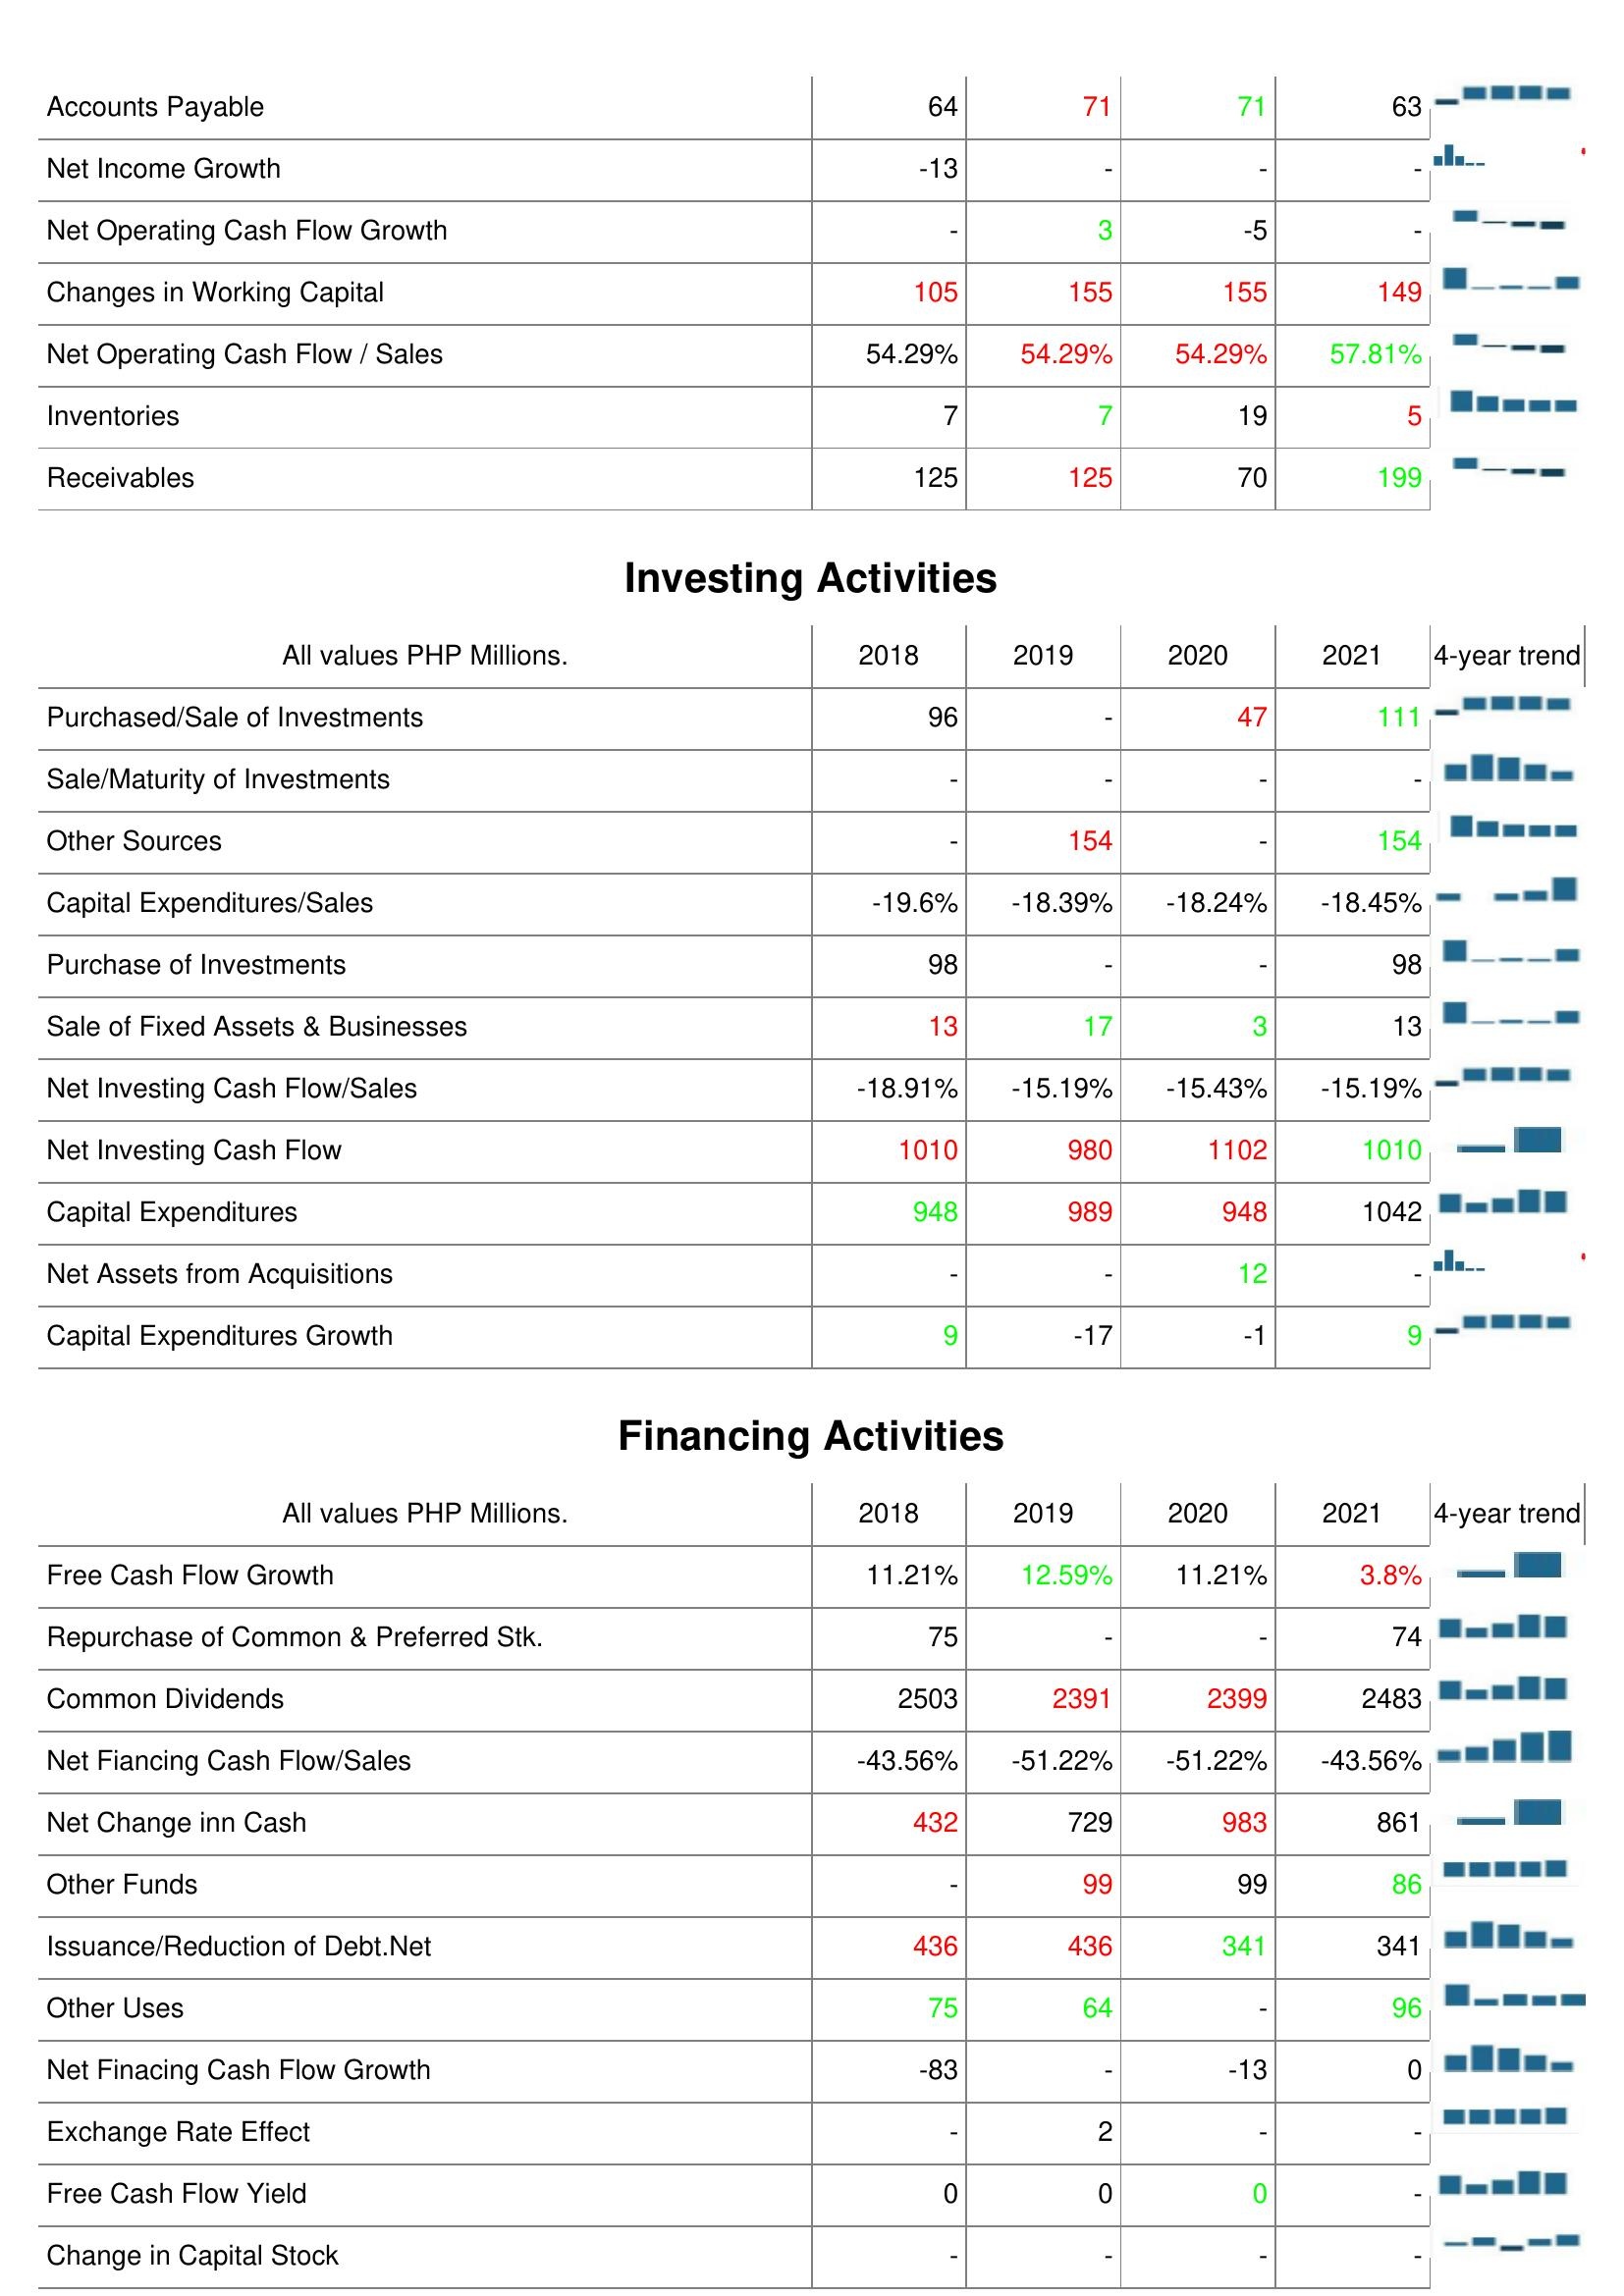
2018: Operating Activities: Accounts Payable: 64
Net Income Growth: -13
Net Operating Cash Flow Growth: -
Changes in Working Capital: 105
Net Operating Cash Flow / Sales: 54.29%
Inventories: 7
Receivables: 125
Investing Activities: Purchased/Sale of Investments: 96
Sale/Maturity of Investments: -
Other Sources: -
Capital Expenditures/Sales: -19.6%
Purchase of Investments: 98
Sale of Fixed Assets & Businesses: 13
Net Investing Cash Flow/Sales: -18.91%
Net Investing Cash Flow: 1010
Capital Expenditures: 948
Net Assets from Acquisitions: -
Capital Expenditures Growth: 9
Financing Activities: Free Cash Flow Growth: 11.21%
Repurchase of Common & Preferred Stk.: 75
Common Dividends: 2503
Net Fiancing Cash Flow/Sales: -43.56%
Net Change inn Cash: 432
Other Funds: -
Issuance/Reduction of Debt.Net: 436
Other Uses: 75
Net Finacing Cash Flow Growth: -83
Exchange Rate Effect: -
Free Cash Flow Yield: 0
Change in Capital Stock: -
2019: Operating Activities: Accounts Payable: 71
Net Income Growth: -
Net Operating Cash Flow Growth: 3
Changes in Working Capital: 155
Net Operating Cash Flow / Sales: 54.29%
Inventories: 7
Receivables: 125
Investing Activities: Purchased/Sale of Investments: -
Sale/Maturity of Investments: -
Other Sources: 154
Capital Expenditures/Sales: -18.39%
Purchase of Investments: -
Sale of Fixed Assets & Businesses: 17
Net Investing Cash Flow/Sales: -15.19%
Net Investing Cash Flow: 980
Capital Expenditures: 989
Net Assets from Acquisitions: -
Capital Expenditures Growth: -17
Financing Activities: Free Cash Flow Growth: 12.59%
Repurchase of Common & Preferred Stk.: -
Common Dividends: 2391
Net Fiancing Cash Flow/Sales: -51.22%
Net Change inn Cash: 729
Other Funds: 99
Issuance/Reduction of Debt.Net: 436
Other Uses: 64
Net Finacing Cash Flow Growth: -
Exchange Rate Effect: 2
Free Cash Flow Yield: 0
Change in Capital Stock: -
2020: Operating Activities: Accounts Payable: 71
Net Income Growth: -
Net Operating Cash Flow Growth: -5
Changes in Working Capital: 155
Net Operating Cash Flow / Sales: 54.29%
Inventories: 19
Receivables: 70
Investing Activities: Purchased/Sale of Investments: 47
Sale/Maturity of Investments: -
Other Sources: -
Capital Expenditures/Sales: -18.24%
Purchase of Investments: -
Sale of Fixed Assets & Businesses: 3
Net Investing Cash Flow/Sales: -15.43%
Net Investing Cash Flow: 1102
Capital Expenditures: 948
Net Assets from Acquisitions: 12
Capital Expenditures Growth: -1
Financing Activities: Free Cash Flow Growth: 11.21%
Repurchase of Common & Preferred Stk.: -
Common Dividends: 2399
Net Fiancing Cash Flow/Sales: -51.22%
Net Change inn Cash: 983
Other Funds: 99
Issuance/Reduction of Debt.Net: 341
Other Uses: -
Net Finacing Cash Flow Growth: -13
Exchange Rate Effect: -
Free Cash Flow Yield: 0
Change in Capital Stock: -
2021: Operating Activities: Accounts Payable: 63
Net Income Growth: -
Net Operating Cash Flow Growth: -
Changes in Working Capital: 149
Net Operating Cash Flow / Sales: 57.81%
Inventories: 5
Receivables: 199
Investing Activities: Purchased/Sale of Investments: 111
Sale/Maturity of Investments: -
Other Sources: 154
Capital Expenditures/Sales: -18.45%
Purchase of Investments: 98
Sale of Fixed Assets & Businesses: 13
Net Investing Cash Flow/Sales: -15.19%
Net Investing Cash Flow: 1010
Capital Expenditures: 1042
Net Assets from Acquisitions: -
Capital Expenditures Growth: 9
Financing Activities: Free Cash Flow Growth: 3.8%
Repurchase of Common & Preferred Stk.: 74
Common Dividends: 2483
Net Fiancing Cash Flow/Sales: -43.56%
Net Change inn Cash: 861
Other Funds: 86
Issuance/Reduction of Debt.Net: 341
Other Uses: 96
Net Finacing Cash Flow Growth: 0
Exchange Rate Effect: -
Free Cash Flow Yield: -
Change in Capital Stock: -